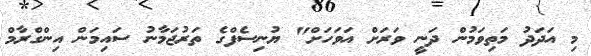
މި އަދަދު މަތިވަމުން ދަނީ ވަރަށް އަވަހަށް" ޔުނިސެފްގެ ތަރުޖަމާނު ސައިމަން އިންގްރާމް